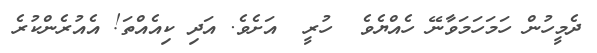
ދެމީހުން ހަމަހަމަވާނޭ ހެއްޔެވެ  ހުރީ  އަށެވެ. އަދި ކިއެއްތަ! އެއުރެންކުރެ